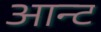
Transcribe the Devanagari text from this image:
आन्ट